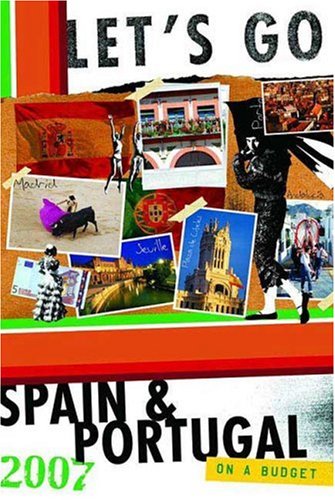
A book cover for Let's Go 2007 Spain & Portugal (Let's Go: Spain, Portugal & Morocco); Let's Go Inc.; Travel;